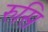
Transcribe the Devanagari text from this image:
रुसि